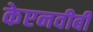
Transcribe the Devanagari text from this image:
केएनवीबी